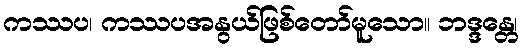
ကဿပ၊ ကဿပအနွယ်ဖြစ်တော်မူသော။ ဘဒ္ဒန္တေ၊